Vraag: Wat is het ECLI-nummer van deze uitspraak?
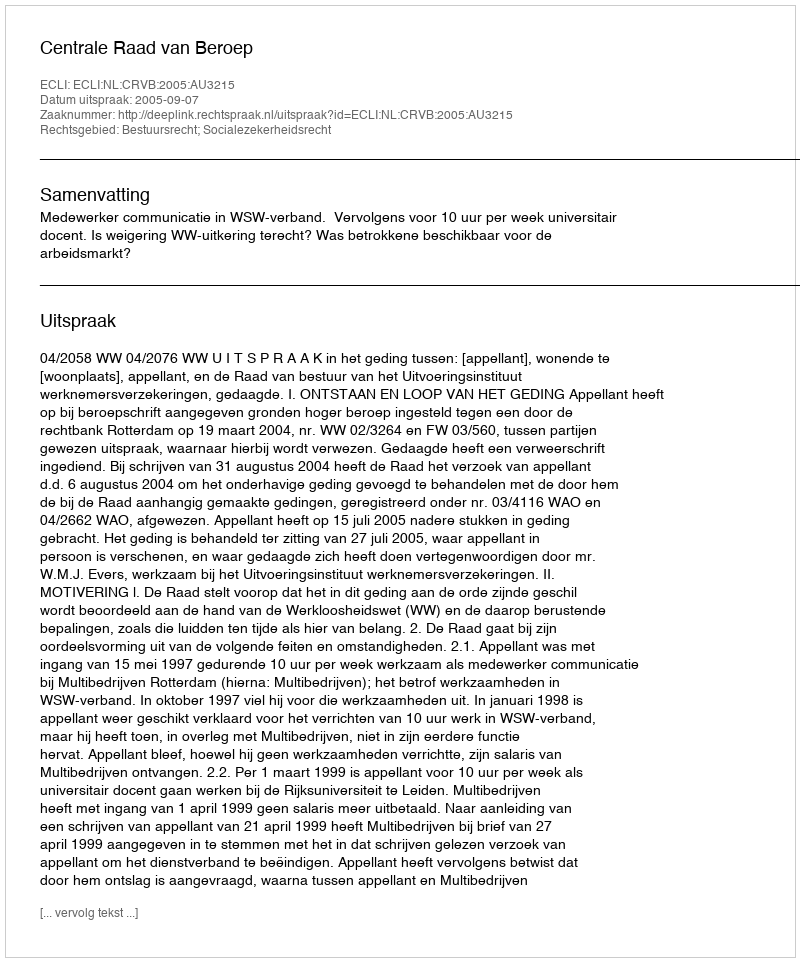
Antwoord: ECLI:NL:CRVB:2005:AU3215